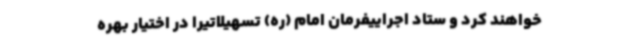
خواهند کرد و ستاد اجراییفرمان امام (ره) تسهیلاتیرا در اختیار بهره‌